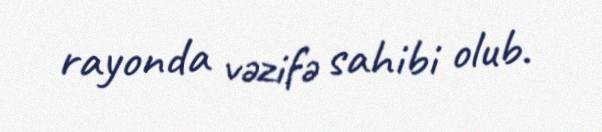
rayonda vəzifə sahibi olub.